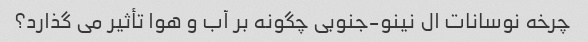
چرخه نوسانات ال نینو-جنوبی چگونه بر آب و هوا تأثیر می گذارد؟